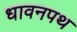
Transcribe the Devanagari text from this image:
धावनपथ